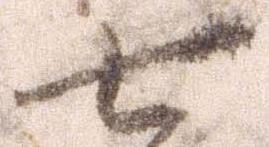
七